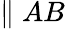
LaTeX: \parallel AB